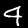
Digit: 4